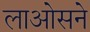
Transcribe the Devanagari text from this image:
लाओसने